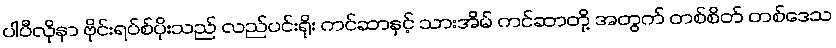
ပါပီလိုနာ ဗိုင်းရပ်စ်ပိုးသည် လည်ပင်းရိုး ကင်ဆာနှင့် သားအိမ် ကင်ဆာတို့ အတွက် တစ်စိတ် တစ်ဒေသ